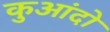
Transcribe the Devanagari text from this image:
कुआंदो